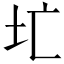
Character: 𪢷